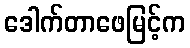
ဒေါက်တာဖေမြင့်က